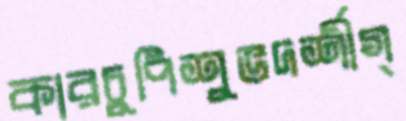
কারচুপিশুভদর্শীগ্